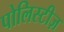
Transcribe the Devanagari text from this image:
पोलिस्टीज़